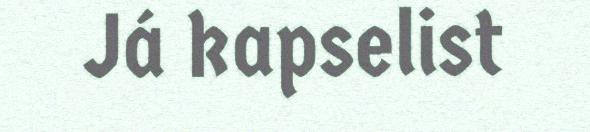
Já kapselist